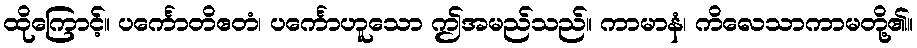
ထိုကြောင့်။ ပင်္ကောတိဧတံ၊ ပင်္ကောဟူသော ဤအမည်သည်။ ကာမာနံ၊ ကိလေသာကာမတို့၏။